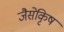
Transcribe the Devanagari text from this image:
जैसेकृिष